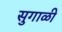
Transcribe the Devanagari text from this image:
सुगाळी